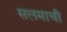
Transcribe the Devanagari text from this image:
सलमाची